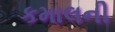
કમાલની